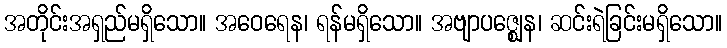
အတိုင်းအရှည်မရှိသော။ အဝေရေန၊ ရန်မရှိသော။ အဗျာပဇ္ဈေန၊ ဆင်းရဲခြင်းမရှိသော။